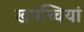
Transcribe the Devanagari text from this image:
खपच्चियां